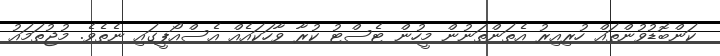
ކަންބޮޑުވުންތައް ހުރިއިރު އެތަންތަނުން މީހުން ޓެސްޓު ކުރާ ވާހަކައެއް އެސްއޯޕީގައި ނެތެވެ. މުޖުތަމައު